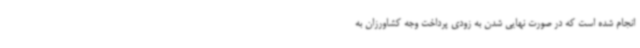
انجام شده است که در صورت نهایی شدن به زودی پرداخت وجه کشاورزان به